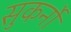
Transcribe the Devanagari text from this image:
सुकर्नो